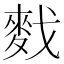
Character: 䴰